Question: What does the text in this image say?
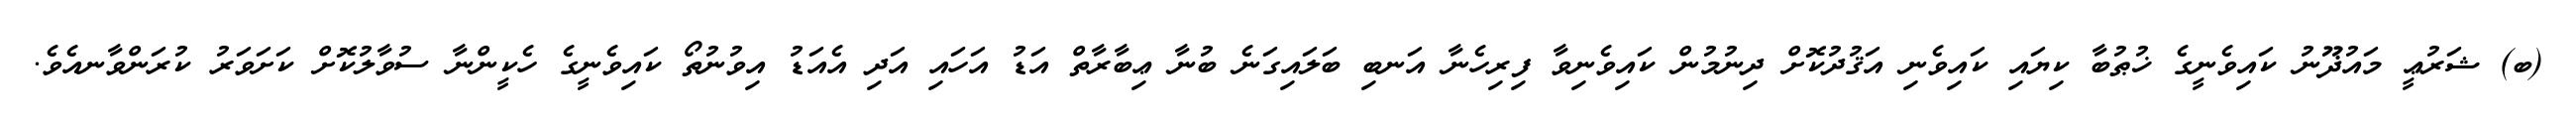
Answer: (ބ) ޝަރުޢީ މައުޛޫނު ކައިވެނީގެ ޚުޠުބާ ކިޔައި ކައިވެނި އަޤުދުކޮށް ދިނުމުން ކައިވެނިވާ ފިރިހެނާ އަނބި ބަލައިގަނެ ބުނާ ޢިބާރާތް އަޑު އަހައި އަދި އެއަޑު އިވުނުތޯ ކައިވެނީގެ ހެކީންނާ ސުވާލުކޮށް ކަށަވަރު ކުރަންވާނއެވެ.